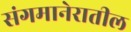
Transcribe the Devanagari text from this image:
संगमानेरातील